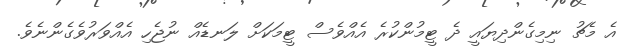
އެ މެޗު ނިމިގެންދިޔައީ ދެ ޓީމުންކުރެ އެއްވެސް ޓީމަކަށް ލަނޑެއް ނުޖެހި އެއްވަރުވެގެންނެވެ.